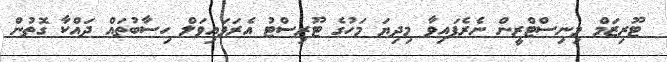
ޓޫރިޒަމް މިނިސްޓްރީން ނެރެފައިވާ މިދިޔަ މަހުގެ ޓޫރިސްޓު އެރަވައިވަލް ހިސާބުތައް ދައްކާ ގޮތުން